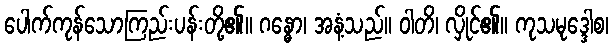
ပေါက်ကုန်သောကြည်းပန်းတို့၏။ ဂန္ဓော၊ အနံ့သည်။ ဝါတိ၊ လှိုင်၏။ ကုသမုဒ္ဒေါစ၊